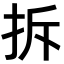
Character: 拆